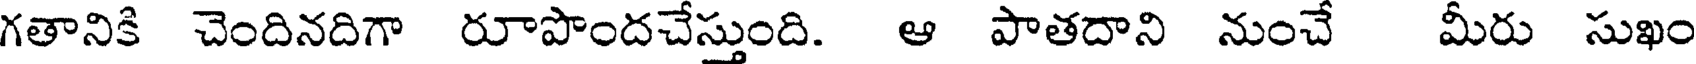
గతానికి చెందినదిగా రూపొందచేస్తుంది. ఆ పాతదాని నుంచే మీరు సుఖం